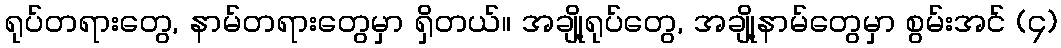
ရုပ်တရားတွေ, နာမ်တရားတွေမှာ ရှိတယ်။ အချို့ရုပ်တွေ, အချို့နာမ်တွေမှာ စွမ်းအင် (၄)